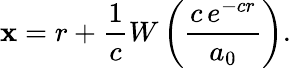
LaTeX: \mathbf{x}=r+{\frac{{1}}{{c}}}W\left({\frac{{c\, e^{-cr}}}{{a_{0}}}}\right).